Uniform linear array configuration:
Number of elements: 32
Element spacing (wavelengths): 0.5
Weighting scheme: exponential
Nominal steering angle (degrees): -45
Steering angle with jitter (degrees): -44.262
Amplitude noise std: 0.05
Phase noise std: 0.05

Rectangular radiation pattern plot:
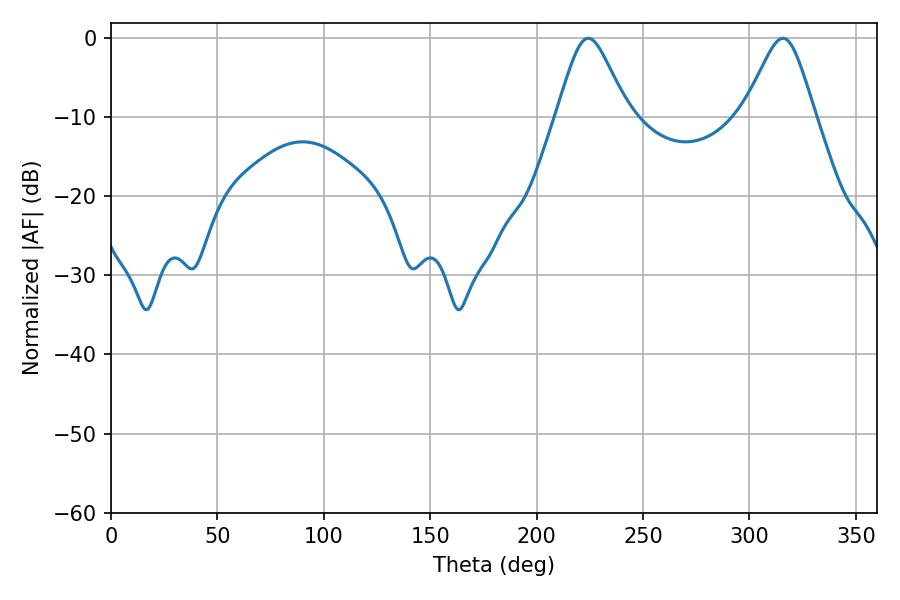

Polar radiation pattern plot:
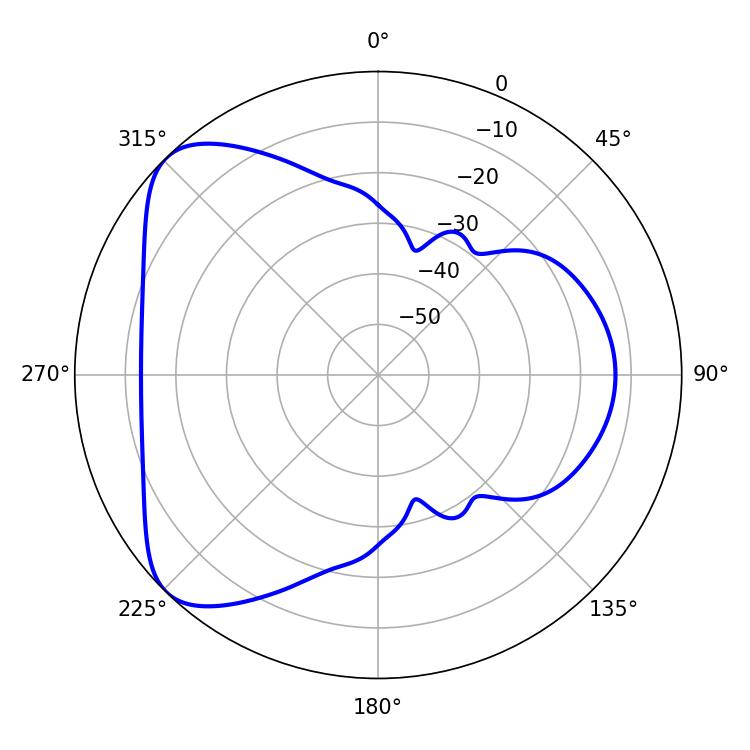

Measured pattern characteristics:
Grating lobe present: FALSE
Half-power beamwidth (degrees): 16.2
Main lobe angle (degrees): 224.28